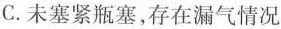
C.未塞紧瓶塞，存在漏气情况